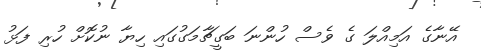
އޭނާގެ އަމިއްލަ ގެ ވެސް ހުންނަ ބަގީޗާމަގުގައި ހިޔާ ނުކޮށް ހުރި ފަޅު